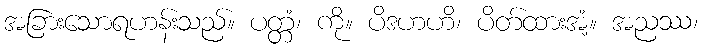
အခြားသောရဟန်းသည်။ ပတ္တံ၊ ကို။ ပိဒဟဟိ၊ ပိတ်ထားအံ့။ အညဿ၊